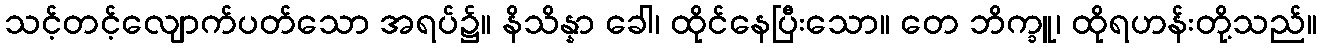
သင့်တင့်လျောက်ပတ်သော အရပ်၌။ နိသိန္နာ ခေါ၊ ထိုင်နေပြီးသော။ တေ ဘိက္ခူ၊ ထိုရဟန်းတို့သည်။